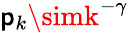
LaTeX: \mathsf{p}_{k}\simk^{-\gamma}